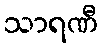
သာရဏီ